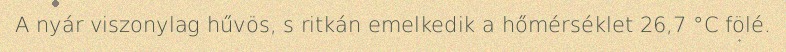
A nyár viszonylag hűvös, s ritkán emelkedik a hőmérséklet 26,7 °C fölé.